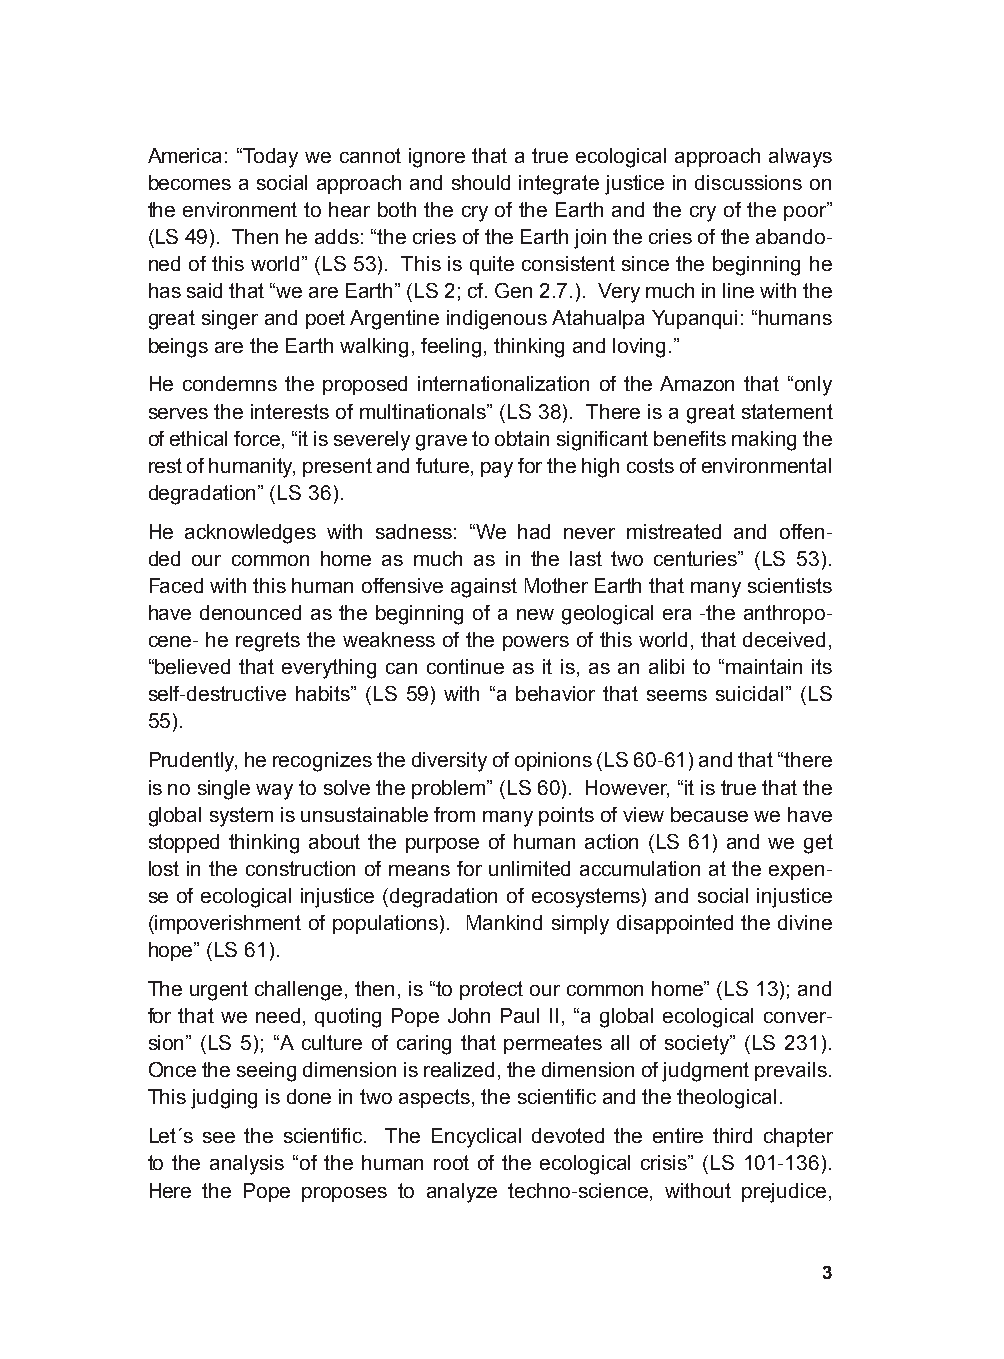
America: “Today we cannot ignore that a true ecological approach always
 becomes a social approach and should integrate justice in discussions on
 the environment to hear both the cry of the Earth and the cry of the poor”
 (LS 49). Then he adds: “the cries of the Earth join the cries of the abando-
 ned of this world” (LS 53). This is quite consistent since the beginning he
 has said that “we are Earth” (LS 2; cf. Gen 2.7.). Very much in line with the
 great singer and poet Argentine indigenous Atahualpa Yupanqui: “humans
 beings are the Earth walking, feeling, thinking and loving.”
 He condemns the proposed internationalization of the Amazon that “only
 serves the interests of multinationals” (LS 38). There is a great statement
 of ethical force, “it is severely grave to obtain significant benefits making the
 rest of humanity, present and future, pay for the high costs of environmental
 degradation” (LS 36).
 He acknowledges with sadness: “We had never mistreated and offen-
 ded our common home as much as in the last two centuries” (LS 53).
 Faced with this human offensive against Mother Earth that many scientists
 have denounced as the beginning of a new geological era -the anthropo-
 cene- he regrets the weakness of the powers of this world, that deceived,
 “believed that everything can continue as it is, as an alibi to “maintain its
 self-destructive habits” (LS 59) with “a behavior that seems suicidal” (LS
 55).
 Prudently, he recognizes the diversity of opinions (LS 60-61) and that “there
 is no single way to solve the problem” (LS 60). However, “it is true that the
 global system is unsustainable from many points of view because we have
 stopped thinking about the purpose of human action (LS 61) and we get
 lost in the construction of means for unlimited accumulation at the expen-
 se of ecological injustice (degradation of ecosystems) and social injustice
 (impoverishment of populations). Mankind simply disappointed the divine
 hope” (LS 61).
 The urgent challenge, then, is “to protect our common home” (LS 13); and
 for that we need, quoting Pope John Paul II, “a global ecological conver-
 sion” (LS 5); “A culture of caring that permeates all of society” (LS 231).
 Once the seeing dimension is realized, the dimension of judgment prevails.
 This judging is done in two aspects, the scientific and the theological.
 Let´s see the scientific. The Encyclical devoted the entire third chapter
 to the analysis “of the human root of the ecological crisis” (LS 101-136).
 Here the Pope proposes to analyze techno-science, without prejudice,
 3